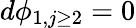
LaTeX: d\phi_{1,j\geq 2}=0